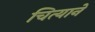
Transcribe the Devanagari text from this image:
चित्याने